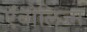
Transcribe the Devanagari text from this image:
एंबोलिज्म